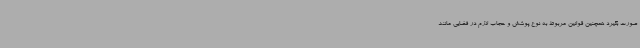
صورت بگیرد همچنین قوانین مربوط به نوع پوشش و حجاب لازم در فضایی مانند